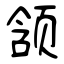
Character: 颔